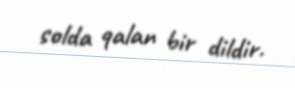
solda qalan bir dildir.